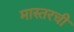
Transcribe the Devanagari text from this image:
मास्तरची